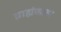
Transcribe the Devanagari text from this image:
ब्राह्मंकाल